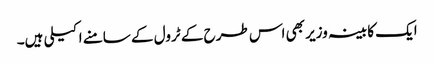
ایک کابینہ وزیر بھی اس طرح کے ٹرول کے سامنے اکیلی ہیں۔